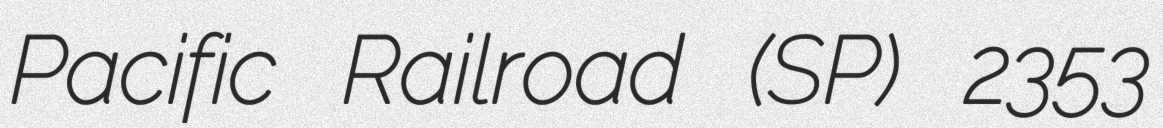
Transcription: Pacific Railroad (SP) 2353